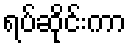
ရပ်ဆိုင်းကာ